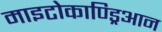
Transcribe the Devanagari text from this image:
माइटोकाण्ड्रिआन